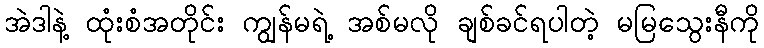
အဲဒါနဲ့ ထုံးစံအတိုင်း ကျွန်မရဲ့ အစ်မလို ချစ်ခင်ရပါတဲ့ မမြသွေးနီကို